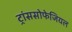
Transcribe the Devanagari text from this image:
ट्रांससोफेजियल